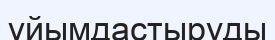
ұйымдастыруды